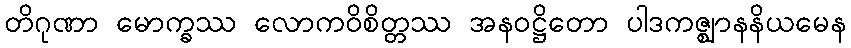
တိဂုဏာ မောက္ခဿ လောကဝိစိတ္တဿ အနဝဋ္ဌိတော ပါဒကဇ္ဈာနနိယမေန